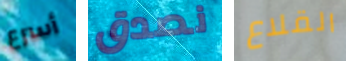
أسرع نصدق القلاع